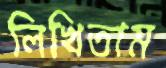
লিখিতাম